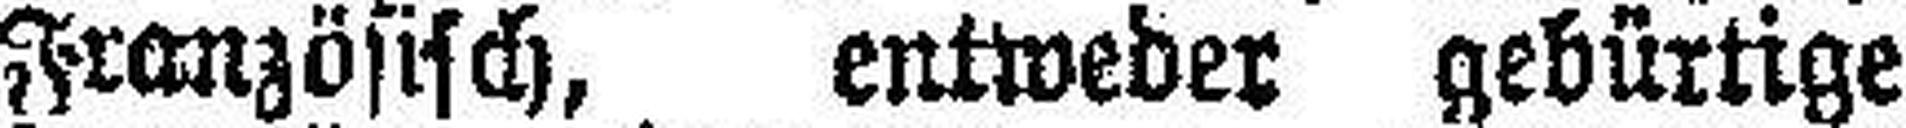
Französisch, entweder gebürtige